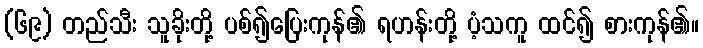
(၆၉) တည်သီး သူခိုးတို့ ပစ်၍ပြေးကုန်၏ ရဟန်းတို့ ပံ့သကူ ထင်၍ စားကုန်၏။